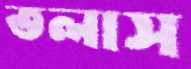
তলাস